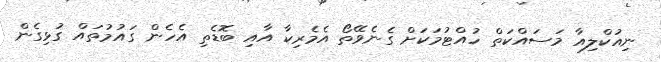
ނިއުކްލިއާ މަސައްކަތް ހުއްޓުމަކަށް ގެނެވޭތޯ އެމެރިކާ އާއި ބޮޑެތި އެހެން ގައުމުތައް ގުޅިގެން